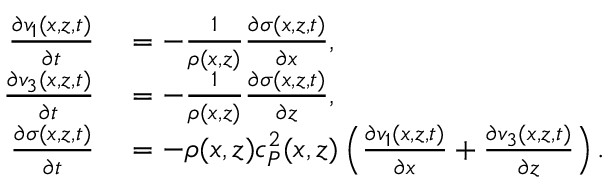
\begin{array} { r l } { \frac { \partial v _ { 1 } ( x , z , t ) } { \partial t } } & { { } = - \frac { 1 } { \rho ( x , z ) } \frac { \partial \sigma ( x , z , t ) } { \partial x } , } \\ { \frac { \partial v _ { 3 } ( x , z , t ) } { \partial t } } & { { } = - \frac { 1 } { \rho ( x , z ) } \frac { \partial \sigma ( x , z , t ) } { \partial z } , } \\ { \frac { \partial \sigma ( x , z , t ) } { \partial t } } & { { } = - \rho ( x , z ) c _ { P } ^ { 2 } ( x , z ) \left( \frac { \partial v _ { 1 } ( x , z , t ) } { \partial x } + \frac { \partial v _ { 3 } ( x , z , t ) } { \partial z } \right) . } \end{array}